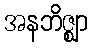
အနဘိဇ္ဈာ